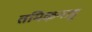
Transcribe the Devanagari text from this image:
तमिऴनाडू